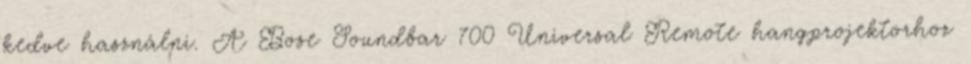
kedve használni. A Bose Soundbar 700 Universal Remote hangprojektorhoz